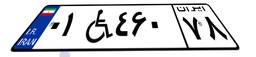
۲۲W۵۵۸۶۸